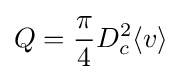
Q={\frac {\pi }{4}}D_{c}^{2}\langle v\rangle